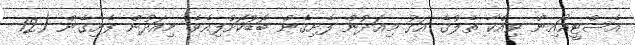
އެސްޓީއޯއިން ވިއްކާ ތެލުގެ އަގު މިއަދުން ފެށިގެން ބޮޑުކޮށްފިއެވެ. މިއަދުން ފެށިގެން (12